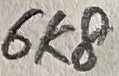
Text: 6K8